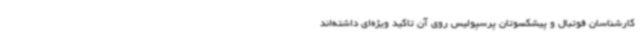
کارشناسان فوتبال و پیشکسوتان پرسپولیس روی آن تاکید ویژه‌ای داشته‌اند